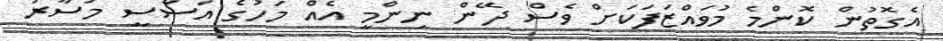
އެގޮތުން ކޮންމެ މުވައްޒަފަކަށް ވެސް ދޭން ނިންމީ އެއް މަހުގެ އަސާސީ މުސާރަ